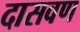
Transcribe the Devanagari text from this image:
दासवण